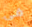
فى